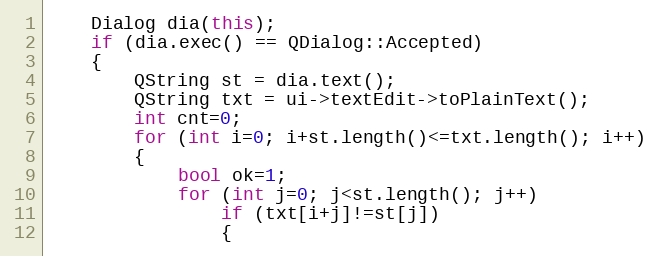
Language: C++
    Dialog dia(this);
    if (dia.exec() == QDialog::Accepted)
    {
        QString st = dia.text();
        QString txt = ui->textEdit->toPlainText();
        int cnt=0;
        for (int i=0; i+st.length()<=txt.length(); i++)
        {
            bool ok=1;
            for (int j=0; j<st.length(); j++)
                if (txt[i+j]!=st[j])
                {